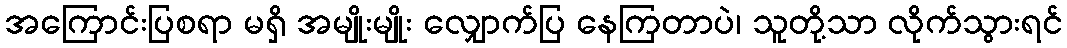
အကြောင်းပြစရာ မရှိ အမျိုးမျိုး လျှောက်ပြ နေကြတာပဲ၊ သူတို့သာ လိုက်သွားရင်